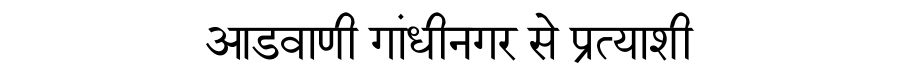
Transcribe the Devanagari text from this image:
आडवाणी गांधीनगर से प्रत्याशी